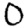
Digit: 0